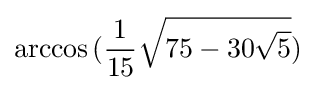
\arccos {({\frac {1}{15}}{\sqrt {75-30{\sqrt {5}}}})}